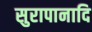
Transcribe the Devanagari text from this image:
सुरापानादि